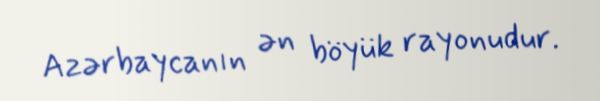
Azərbaycanın ən böyük rayonudur.